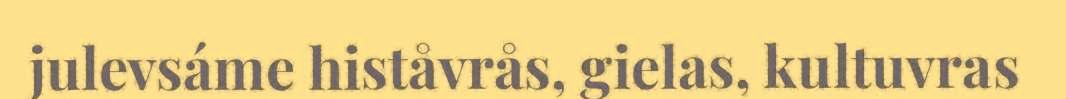
julevsáme histåvrås, gielas, kultuvras